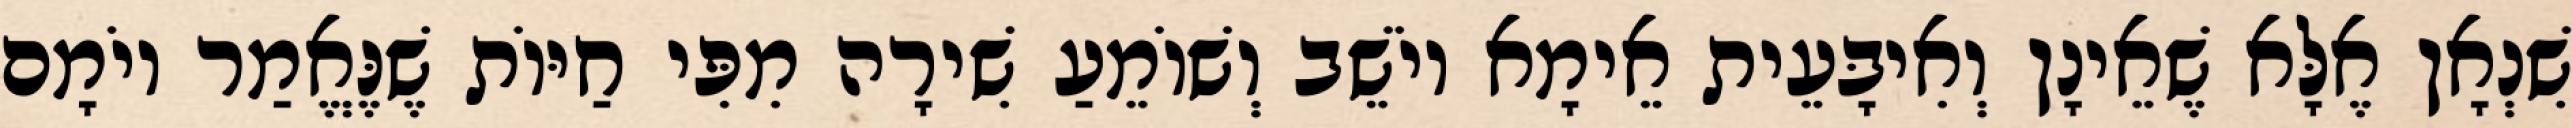
שִׁנְאָן אֶלָּא שֶׁאֵינָן וְאִיבָּעֵית אֵימָא יוֹשֵׁב וְשׁוֹמֵעַ שִׁירָה מִפִּי חַיּוֹת שֶׁנֶּאֱמַר יוֹמָם